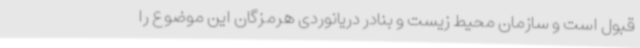
قبول است و سازمان محیط زیست و بنادر دریانوردی هرمزگان این موضوع را